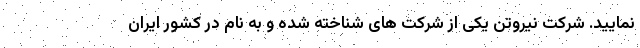
نمایید. شرکت نیروتن یکی از شرکت های شناخته شده و به نام در کشور ایران